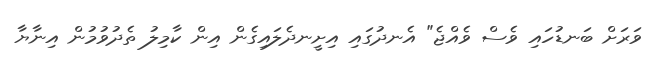
ވަރަށް ބަނޑުހައި ވެސް ވެއްޖެ" އެނދުގައި އިށީނދެލައިގެން އިން ކާމިލު ތެދުވުމުން އިނާޔާ